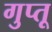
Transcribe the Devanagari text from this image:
गुप्तू